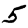
Digit: 5